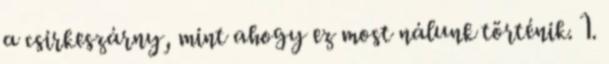
a csirkeszárny, mint ahogy ez most nálunk történik. 1.